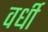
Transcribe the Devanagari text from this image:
वर्धी